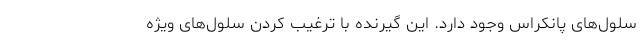
سلول‌های پانکراس وجود دارد. این گیرنده با ترغیب کردن سلول‌های ویژه